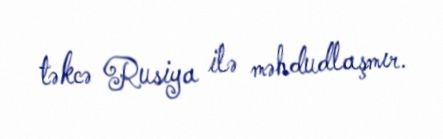
təkcə Rusiya ilə məhdudlaşmır.